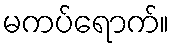
မကပ်ရောက်။